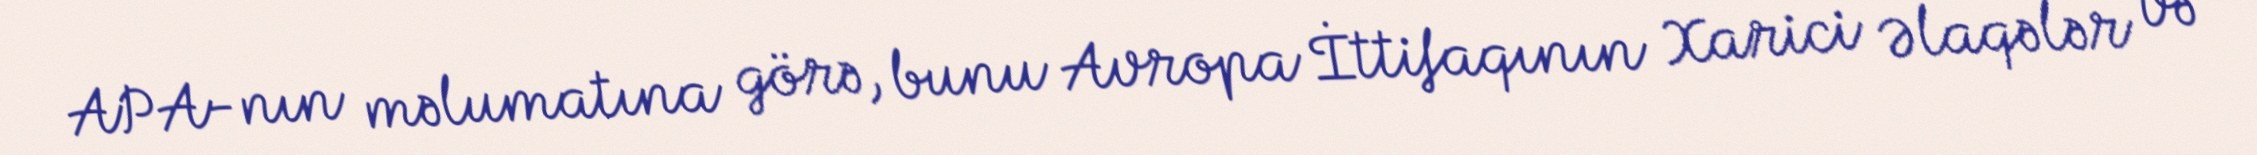
APA-nın məlumatına görə, bunu Avropa İttifaqının Xarici Əlaqələr və